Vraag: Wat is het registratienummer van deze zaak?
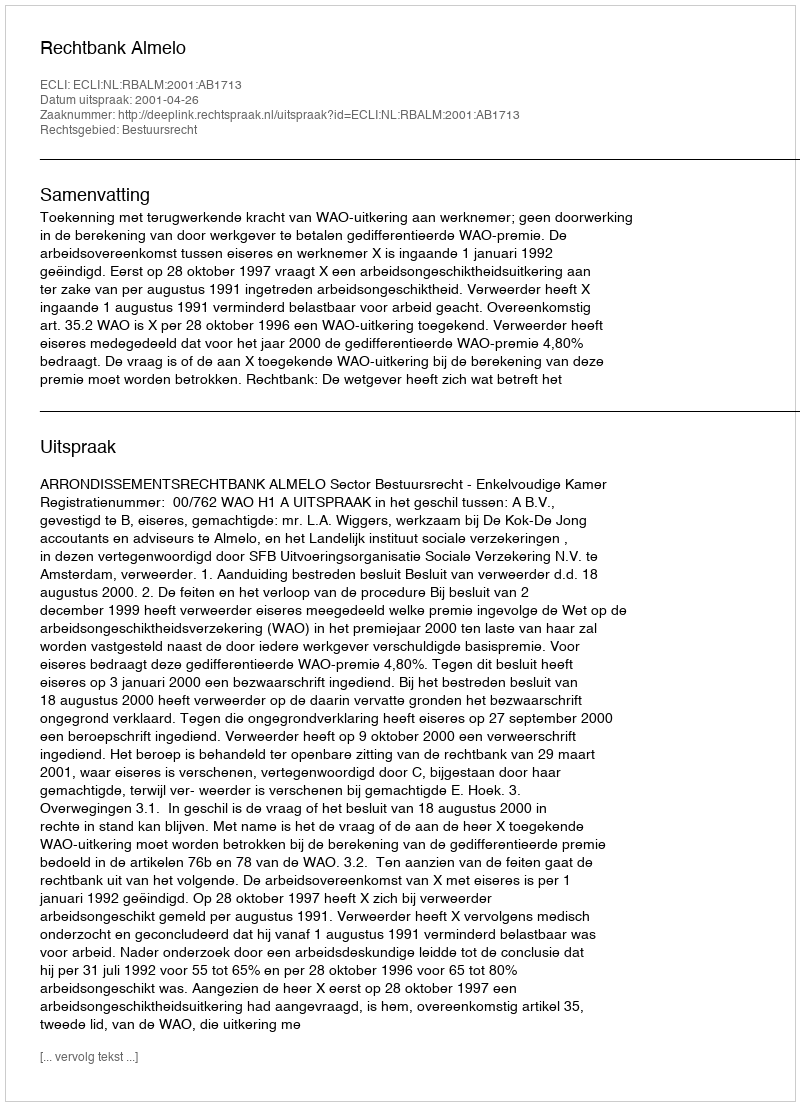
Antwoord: http://deeplink.rechtspraak.nl/uitspraak?id=ECLI:NL:RBALM:2001:AB1713